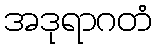
အဒုရာဂတံ